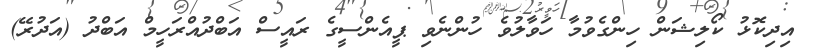
އިދިކޮޅު ކޯލިޝަން ހިންގެވުމާ ހަވާލުވެ ހުންނެވި ޕީއެންސީގެ ރައީސް އަބްދުއްރަހީމް އަބްދު (އަދުރޭ)